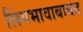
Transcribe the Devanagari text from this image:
लिंगभावाबाबत